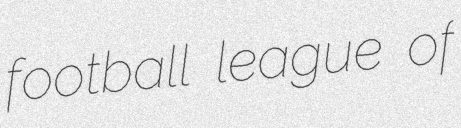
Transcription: football league of